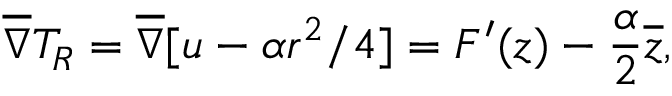
\overline { { \nabla } } T _ { R } = \overline { { \nabla } } [ u - \alpha r ^ { 2 } / 4 ] = F ^ { \prime } ( z ) - \frac { \alpha } { 2 } \overline { { z } } ,